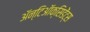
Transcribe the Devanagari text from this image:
ॲन्टिऑक्सिडेंट्स